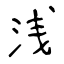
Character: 浅